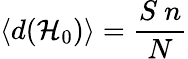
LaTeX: \langle d(\mathcal{H}_{0})\rangle=\frac{S~n}{N}